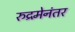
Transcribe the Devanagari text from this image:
रुद्रमेनंतर